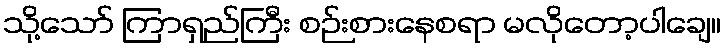
သို့သော် ကြာရှည်ကြီး စဉ်းစားနေစရာ မလိုတော့ပါချေ။